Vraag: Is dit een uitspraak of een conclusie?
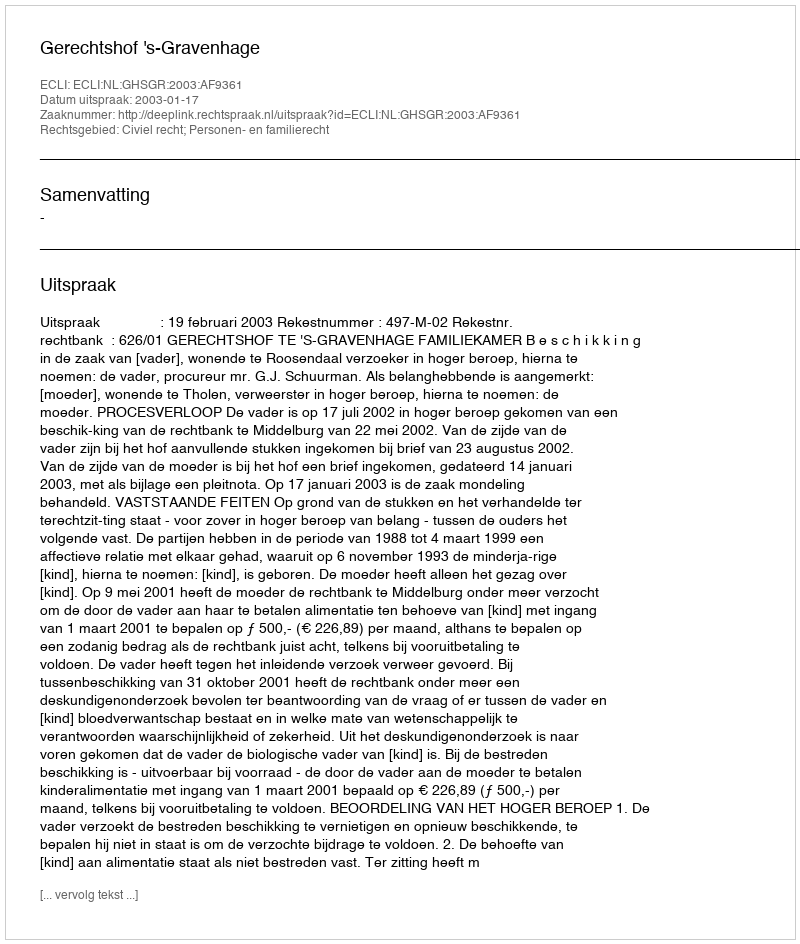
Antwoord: Uitspraak